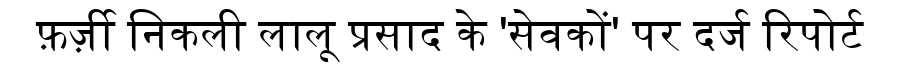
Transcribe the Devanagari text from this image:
फ़र्ज़ी निकली लालू प्रसाद के 'सेवकों' पर दर्ज रिपोर्ट